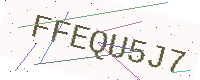
Text: FFEQU5J7